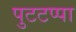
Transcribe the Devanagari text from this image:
पुटटप्पा